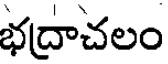
భద్రాచలం